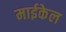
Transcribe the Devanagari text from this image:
माईकेल